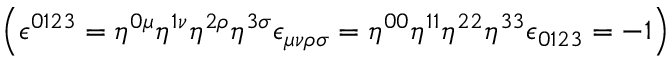
\left( \epsilon ^ { 0 1 2 3 } = \eta ^ { 0 \mu } \eta ^ { 1 \nu } \eta ^ { 2 \rho } \eta ^ { 3 \sigma } \epsilon _ { \mu \nu \rho \sigma } = \eta ^ { 0 0 } \eta ^ { 1 1 } \eta ^ { 2 2 } \eta ^ { 3 3 } \epsilon _ { 0 1 2 3 } = - 1 \right)